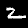
Label: 2